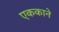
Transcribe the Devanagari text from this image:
एककाने